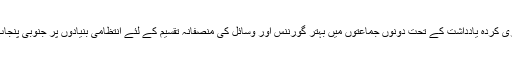
تحریک انصاف کی جانب سے جاری کردہ یادداشت کے تحت دونوں جماعتوں میں بہتر گورننس اور وسائل کی منصفانہ تقسیم کے لئے انتظامی بنیادوں پر جنوبی پنجاب کو صوبہ بنانے پر اتفاق ہوا ہے۔